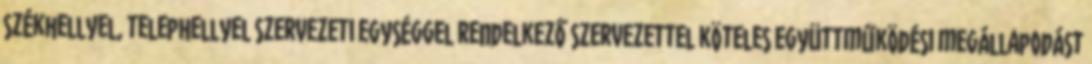
székhellyel, telephellyel szervezeti egységgel rendelkező szervezettel köteles együttműködési megállapodást